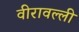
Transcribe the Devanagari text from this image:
वीरावल्ली